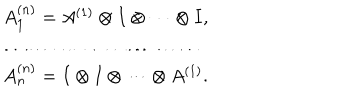
\begin{array} { l } { { A _ { 1 } ^ { ( n ) } = A ^ { ( 1 ) } \otimes I \otimes \cdots \otimes I , } } \\ { { \ldots \ldots \ldots \ldots \ldots \ldots \ldots \ldots } } \\ { { A _ { n } ^ { ( n ) } = I \otimes I \otimes \cdots \otimes A ^ { ( 1 ) } . } } \\ \end{array}